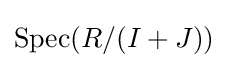
\operatorname {Spec} (R/(I+J))